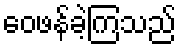
ဝေဖန်ခဲ့ကြသည်